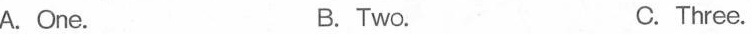
A.One. B. Two. C. Three.